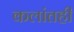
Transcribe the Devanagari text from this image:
कलांतही